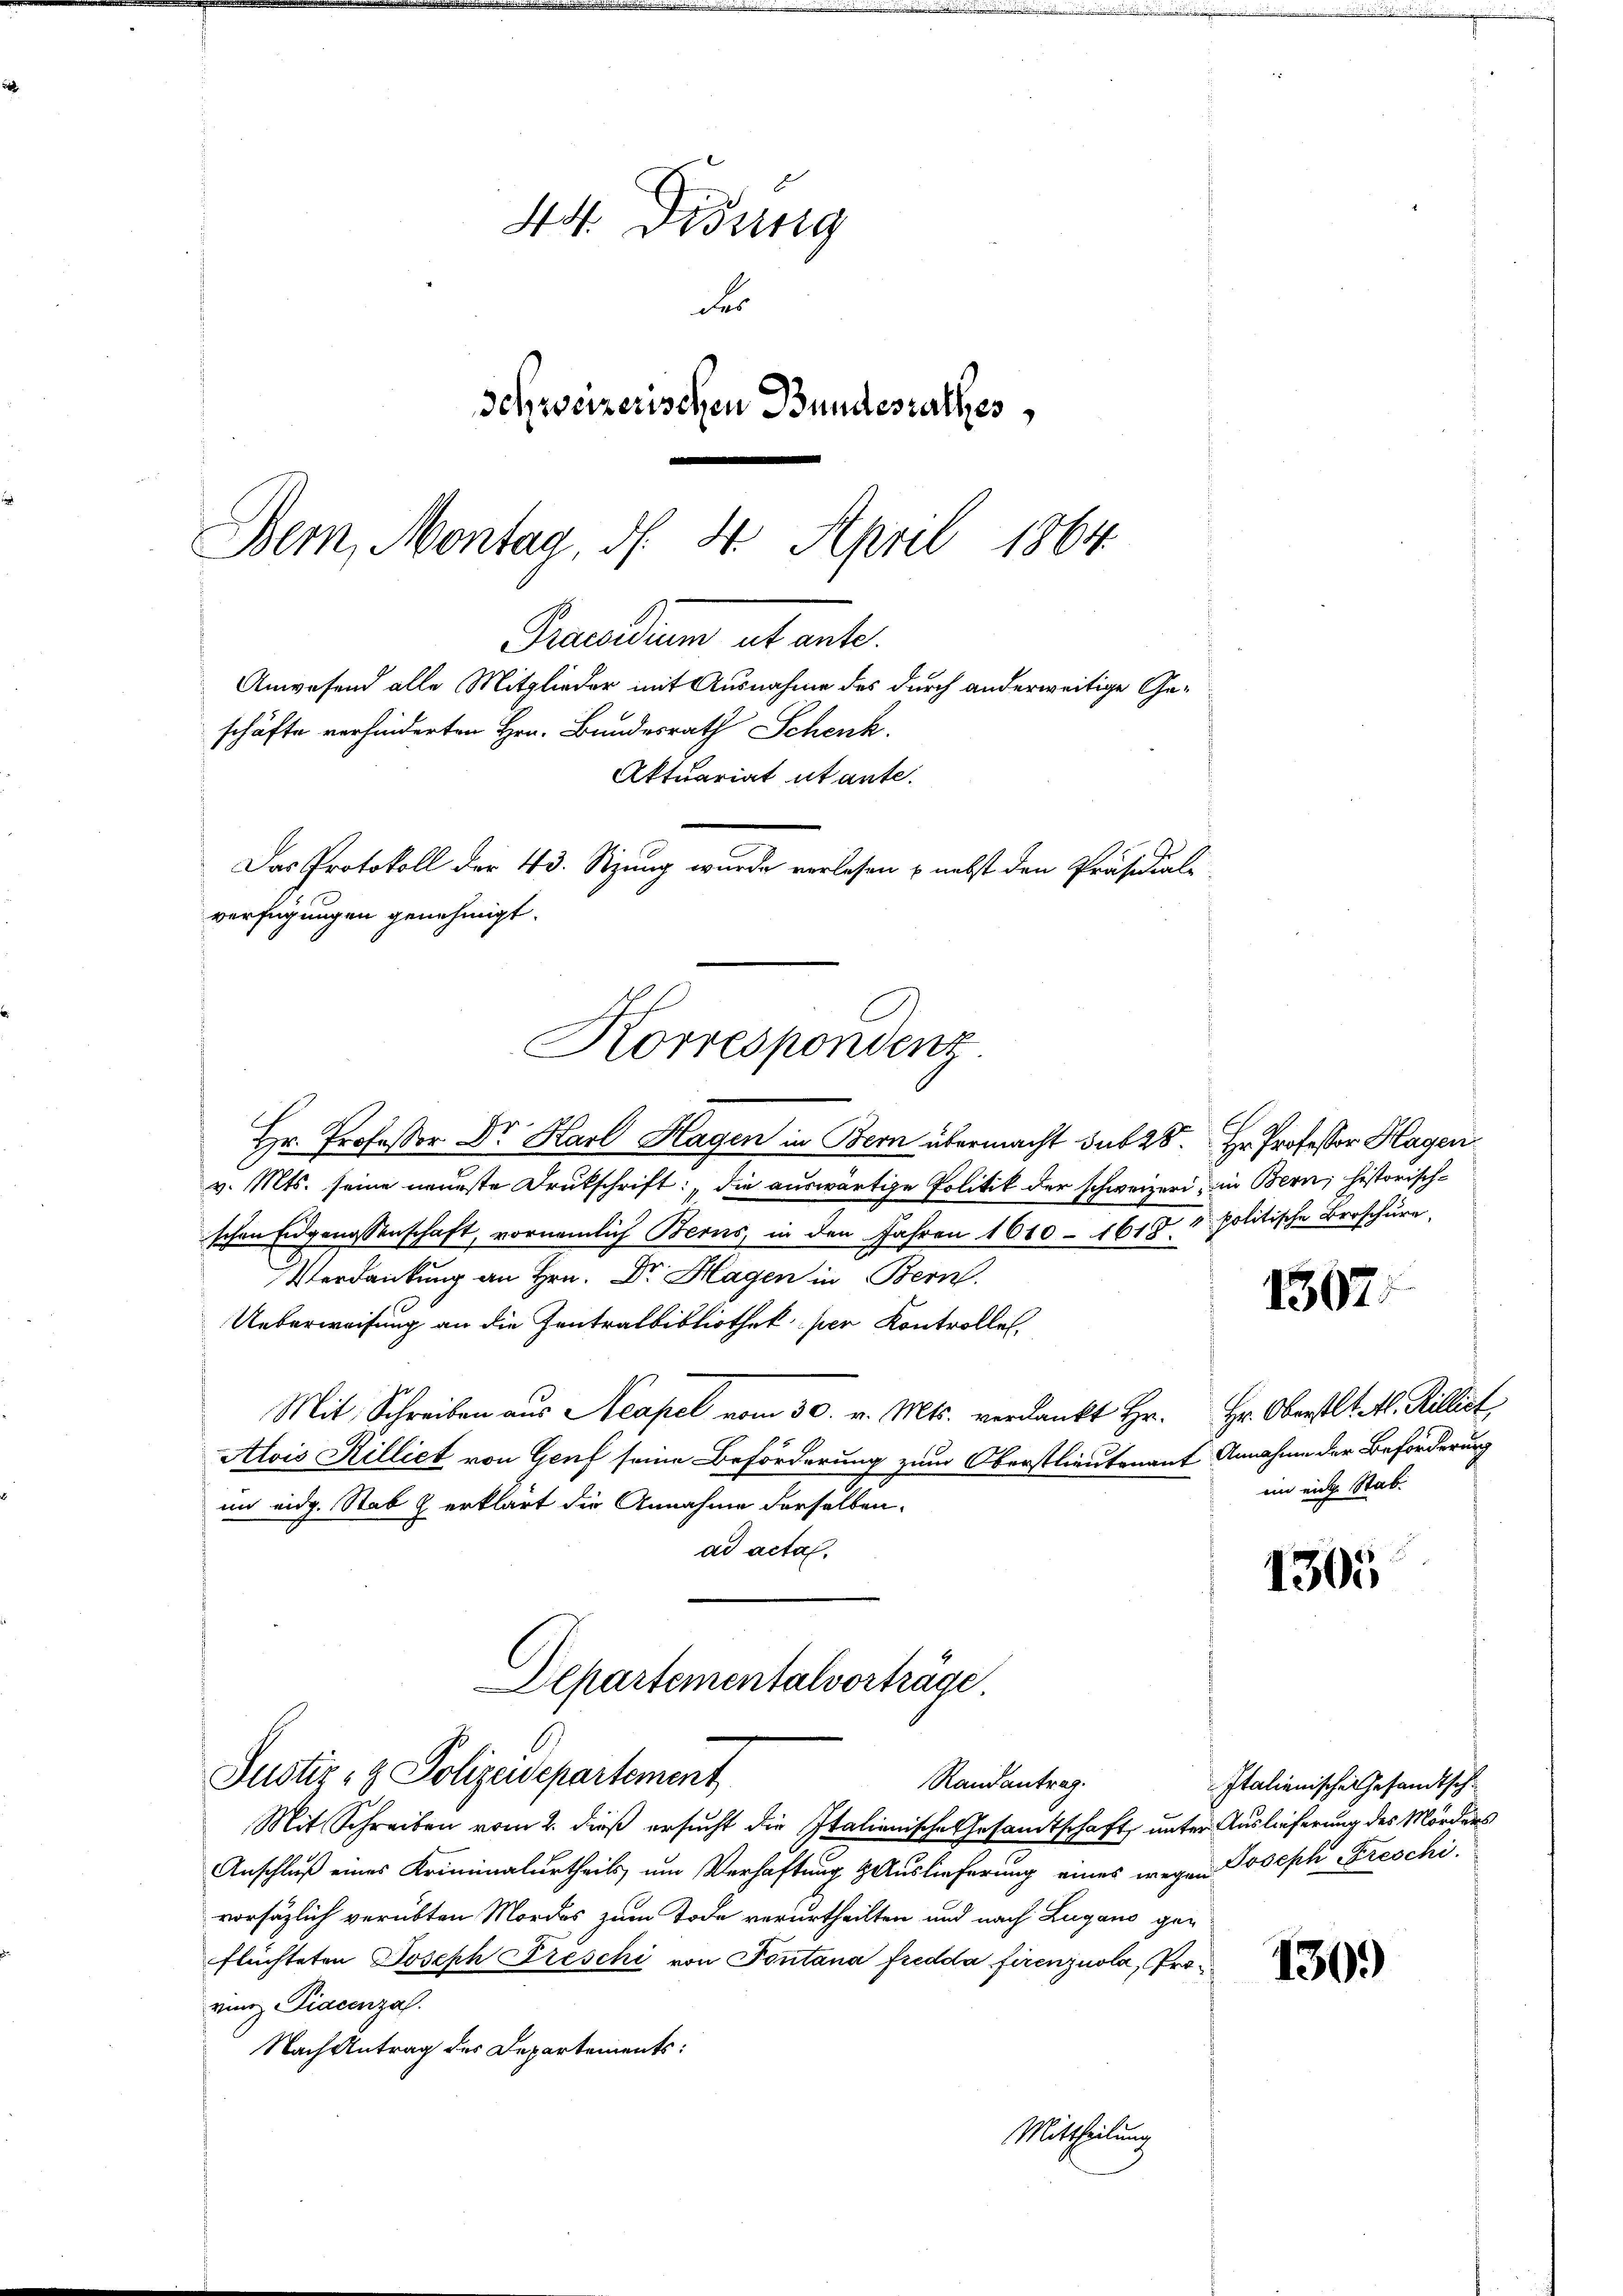
44. Disung
des
schweizerischen Bundesrathes,
.
Dem, Montag, d. 4. April 1864.

Praedium et ante.
Anwesend alle Mitglieder mit Ausnahme des durch anderweitige Geschäfte verhinderten Hrn. Bundesrath Schenk.
Aktuariat utante.
Das Protokoll der 43. Stzung wurde verlesen & nebst den Präsidial-
verfügungen genehmigt.
Korrespondenz

Hr. Professor Dr. Karl Hagen in Bern übermacht sub 28. Hr. Professor Hagen
v. Mts. seine neueste Drukschrift: „die auswärtige Politik der schweizeri, in Bern, historisch-
schen Eidgenossenschaft, vornämlich Berns, in den Jahren 1610 - 1617. 5. politische Broschure
Verdankung an Hrn. Dr. Hagen in Bern.
Ueberweisung an die Zentralbibliothek per Kontrollen,
Mit Schreiben aŭs Neapel vom 30. v. Mts. verdankt Hr. Hr. Oberstlt. H. Rillirt
Alois Killiet von Genf seine Beförderung zum Oberstlieutenant Annahme der Beförderung
im eidg. Stab & erklärt die Annahme derselben.
ad acta.
1305
Departementalvorträge.

6.
Justiz- & Polizeidepartement
Randantrag.

Mit Schreiben vom 2. dieß ersucht die Italienische Gesamtschaft, unter Auslieferung des Mörders
Anschluß eines Kriminalurtheils um Verhaftung Hauslieferung eines wegen Joseph Freschivorsätzlich verübten Mordes zum Tode verurtheilten und nach Lugano geflüchteten Joseph Preschi von Pontana fredda firenzuola, Proving Diacenzah
Nach Antrag des Departements:
Mittheilung

1507

1309)

in eine Stab.

Italienische Gesandtsch